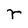
Character: r